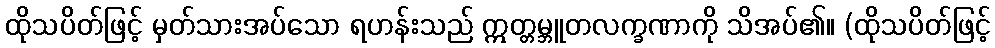
ထိုသပိတ်ဖြင့် မှတ်သားအပ်သော ရဟန်းသည် ဣတ္တမ္ဘူတလက္ခဏာကို သိအပ်၏။ (ထိုသပိတ်ဖြင့်